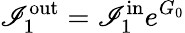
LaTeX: \mathscr{I}_{1}^{\mathrm{{out}}}=\mathscr{I}_{1}^{\mathrm{{in}}}e^{G_{0}}